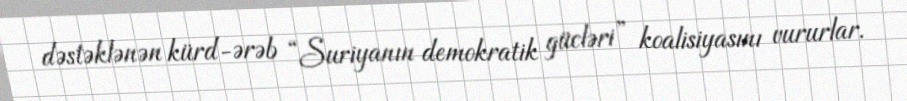
dəstəklənən kürd-ərəb “Suriyanın demokratik gücləri” koalisiyasını vururlar.